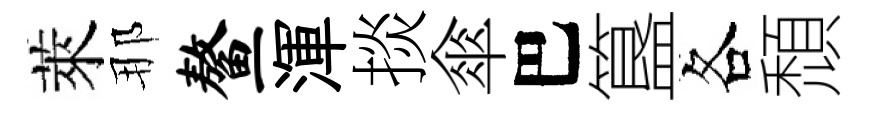
萊那鳌渾掞傘巴簋各頹